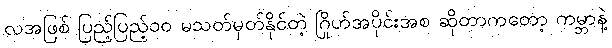
လအဖြစ် ပြည့်ပြည့်၀၀ မသတ်မှတ်နိုင်တဲ့ ဂြိုဟ်အပိုင်းအစ ဆိုတာကတော့ ကမ္ဘာနဲ့